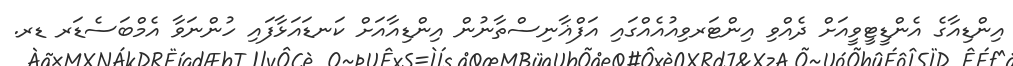
އިންޑިއާގެ އެންޑީޓީވީއަށް ދެއްވި އިންޓަރވިއުއެއްގައި އަފްޣާނިސްތާނުން އިންޑިއާއަށް ކަނޑައަޅާފައި ހުންނަވާ އެމްބަސެޑަރ ޑރ.